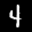
Label: 4